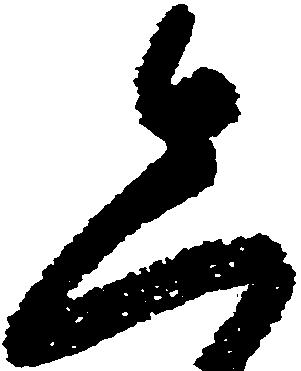
先